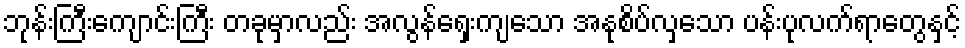
ဘုန်းကြီးကျောင်းကြီး တခုမှာလည်း အလွန်ရှေးကျသော အနုစိပ်လှသော ပန်းပုလက်ရာတွေနှင့်